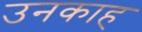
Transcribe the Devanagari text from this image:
उनकाह